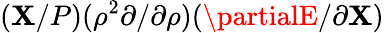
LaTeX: (\mathbf{X}/P)(\rho^{2}\partial/\partial\rho)(\partialE/\partial\mathbf{X})